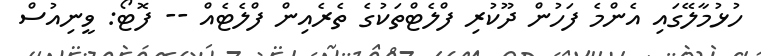
ހުޅުމާލޭގައި އެންމެ ފަހުން ދޫކުރި ފްލެޓްތަކުގެ ތެރެއިން ފްލެޓެއް -- ފޮޓޯ: ވީނިއުސް